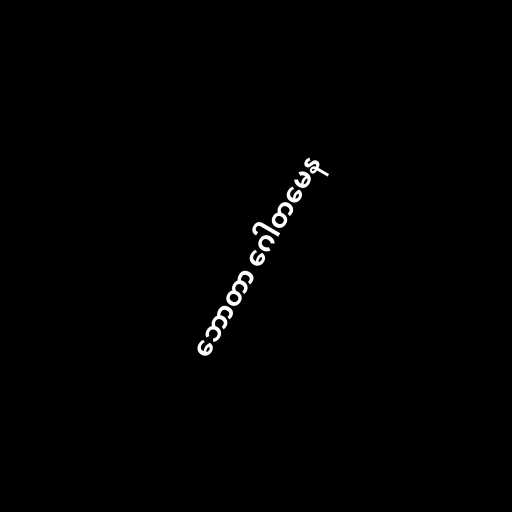
ဘောတာ ဂေါတမေန